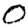
Digit: 0